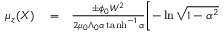
\begin{array} { r l r } { \mu _ { z } ( X ) } & { { } = } & { \frac { \pm \phi _ { 0 } W ^ { 2 } } { 2 \mu _ { 0 } \Lambda _ { 0 } \alpha \operatorname { t a n h } ^ { - 1 } \alpha } \biggl [ - \ln \sqrt { 1 - \alpha ^ { 2 } } } \end{array}